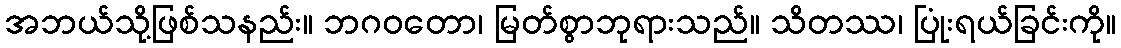
အဘယ်သို့ဖြစ်သနည်း။ ဘဂဝတော၊ မြတ်စွာဘုရားသည်။ သိတဿ၊ ပြုံးရယ်ခြင်းကို။